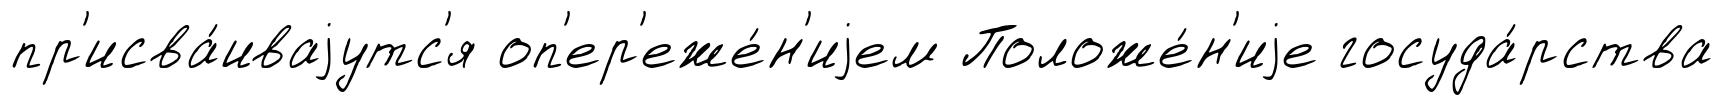
пр'исва́иваjутс'я оп'ер'еже́н'иjем Положе́н'иjе госуда́рства